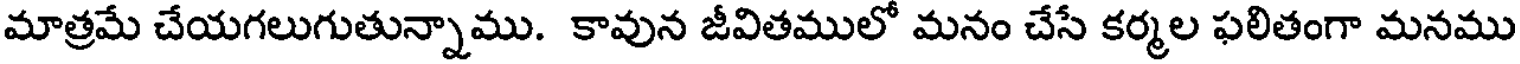
మాత్రమే చేయగలుగుతున్నాము. కావున జీవితములో మనం చేసే కర్మల ఫలితంగా మనము